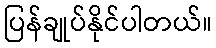
ပြန်ချုပ်နိုင်ပါတယ်။